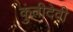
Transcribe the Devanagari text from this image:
कुंतीदेवी